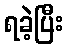
ရခဲ့ပြီး